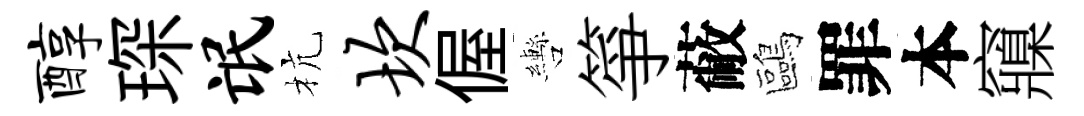
醇琛氓杭坎偓轡箏蔽鷗罪本䆿